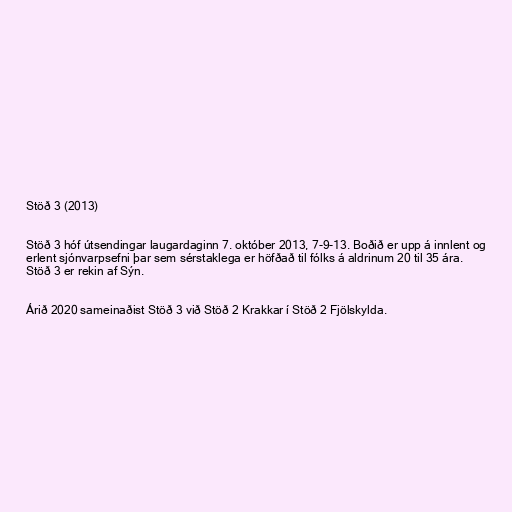
Stöð 3 (2013)

Stöð 3 hóf útsendingar laugardaginn 7. október 2013, 7-9-13. Boðið er upp á innlent og
erlent sjónvarpsefni þar sem sérstaklega er höfðað til fólks á aldrinum 20 til 35 ára.
Stöð 3 er rekin af Sýn.

Árið 2020 sameinaðist Stöð 3 við Stöð 2 Krakkar í Stöð 2 Fjölskylda.